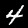
Digit: 4